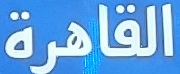
القاهرة